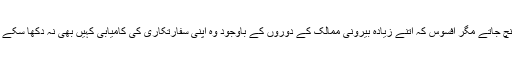
جہاں ضرورت نہ بھی ہوتی محترم میاں صاحب وہاں بھی پہنچ جاتے مگر افسوس کہ اتنے زیادہ بیرونی ممالک کے دوروں کے باوجود وہ اپنی سفارتکاری کی کامیابی کہیں بھی نہ دکھا سکے اور نتیجتاً آج ملکی سلامتی سخت خطرے میں نظر آرہی ہے۔